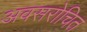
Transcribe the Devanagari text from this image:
अवसरोचित